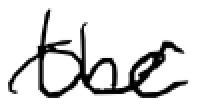
Text: the
Cross-out: wave
Writing tool: digital_black